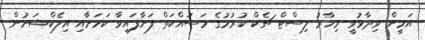
އަމީން ވިދާޅުވީ މިހާރު ލިސްޓް ޗެކް ކުރުމުގެ މަސައްކަތް ފަށާފައިވާ ކަމަށާއި އިލެކްޝަނުން